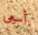
أسعى